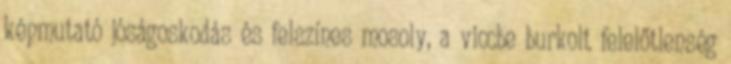
képmutató jóságoskodás és felszínes mosoly, a viccbe burkolt felelőtlenség